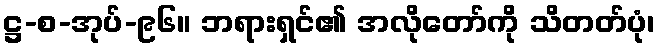
ဋ္ဌ-စ-အုပ်-၉၆။ ဘရားရှင်၏ အလိုတော်ကို သိတတ်ပုံ၊